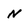
Character: N